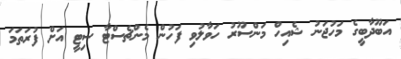
އަބޫދާބީގެ މަހުޖަނު ޝެއިހް މަންސޫރު ހަވާލުވި ފަހުން މެންޗެސްޓާ ސިޓީ އަށް ފުރަތަމަ